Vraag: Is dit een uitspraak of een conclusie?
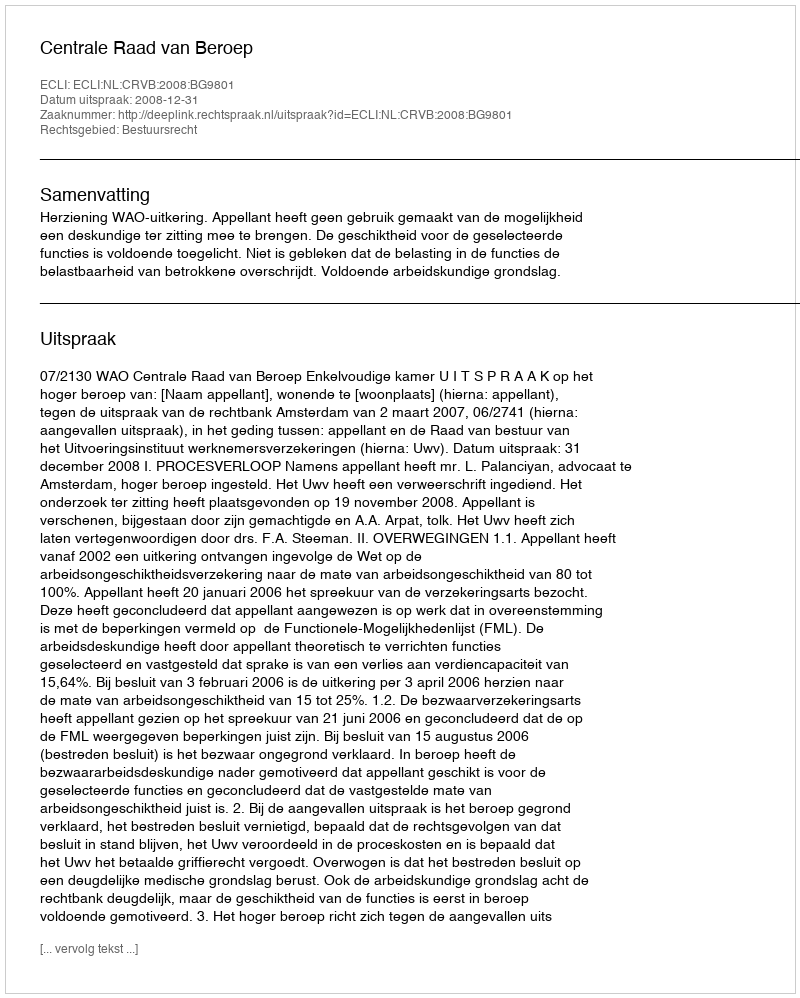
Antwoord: Uitspraak